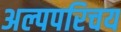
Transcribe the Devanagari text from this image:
अल्पपरिचय